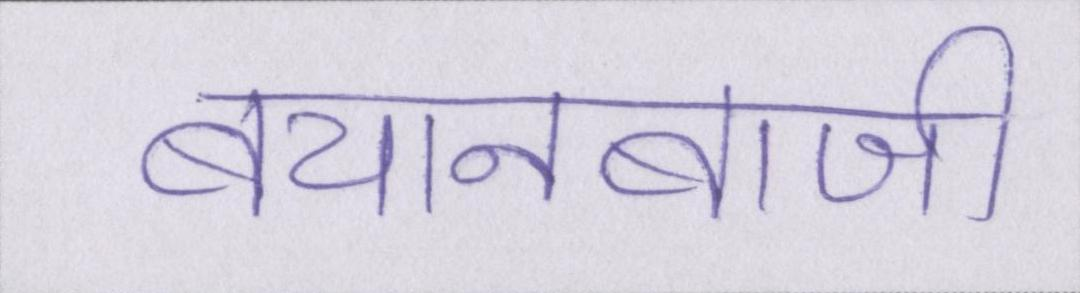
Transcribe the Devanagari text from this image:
बयानबाजी